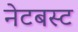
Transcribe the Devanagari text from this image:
नेटबस्ट